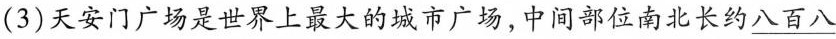
(3)天安门广场是世界上最大的城市广场，中间部位南北长约\underline{八十八}